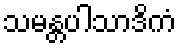
သမန္တပါသာဒိကံ